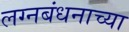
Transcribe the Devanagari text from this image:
लग्नबंधनाच्या